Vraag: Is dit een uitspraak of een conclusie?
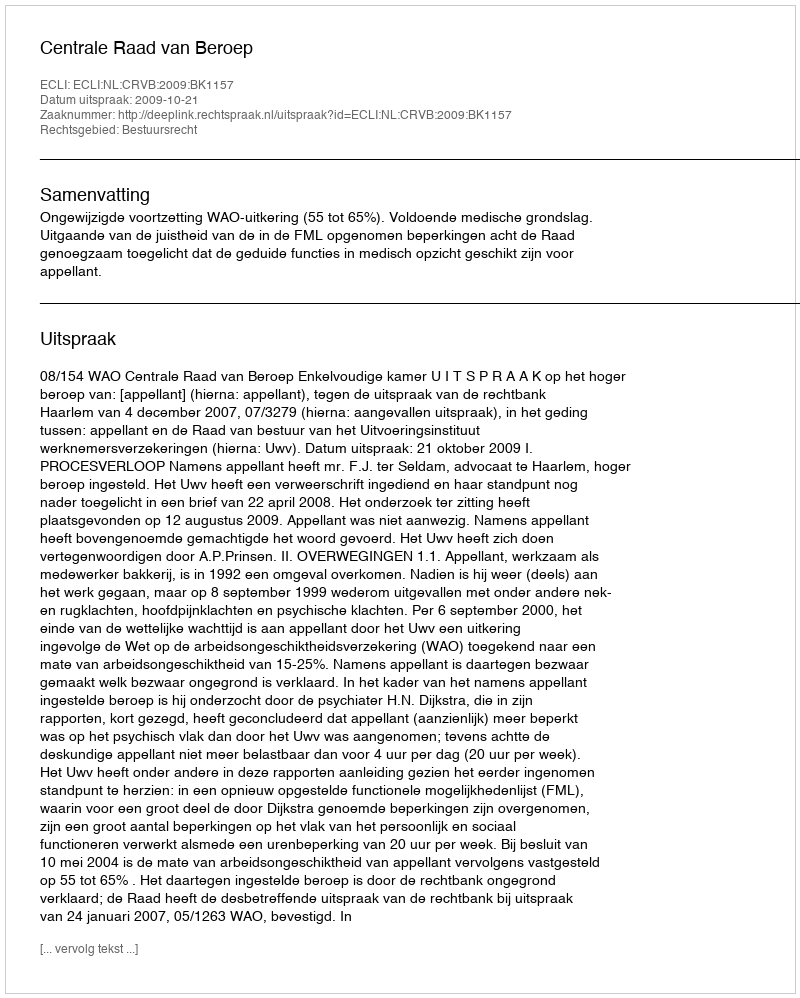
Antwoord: Uitspraak